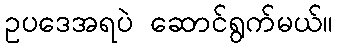
ဥပဒေအရပဲ ဆောင်ရွက်မယ်။